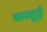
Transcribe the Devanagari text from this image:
काबूई